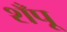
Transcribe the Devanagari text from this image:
शँपू